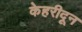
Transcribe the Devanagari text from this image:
केहरीदून